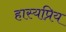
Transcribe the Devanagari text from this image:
हास्यप्रिय